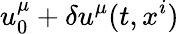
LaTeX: u_{0}^{\mu}+\delta u^{\mu}(t,x^{i})